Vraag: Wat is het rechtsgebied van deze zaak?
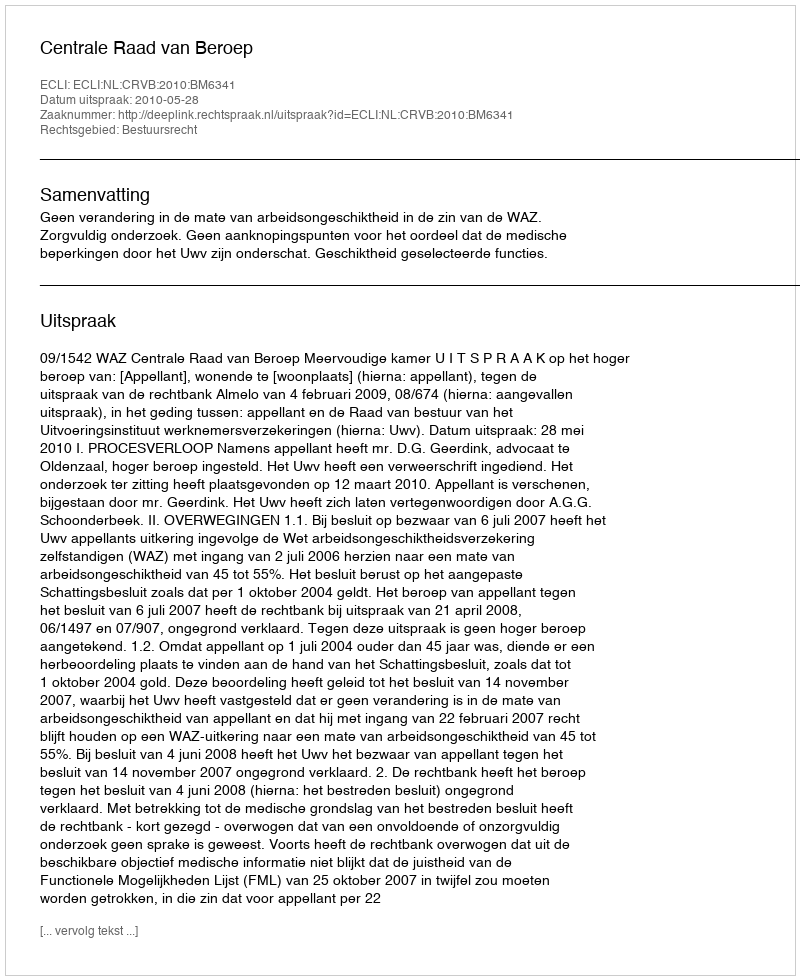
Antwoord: Bestuursrecht